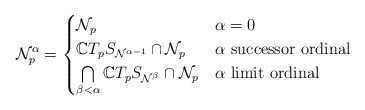
\begin{align*}\mathcal{N}_p^{\alpha} = \begin{cases}\mathcal{N}_p & \alpha = 0\\\mathbb{C}T_pS_{\mathcal{N}^{\alpha - 1}} \cap \mathcal{N}_p & \alpha \hbox{ successor ordinal} \\\bigcap\limits_{\beta < \alpha} \mathbb{C}T_pS_{\mathcal{N}^{\beta}} \cap \mathcal{N}_p & \alpha \hbox{ limit ordinal}\end{cases}\end{align*}